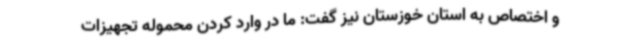
و اختصاص به استان خوزستان نیز گفت: ما در وارد کردن محموله تجهیزات